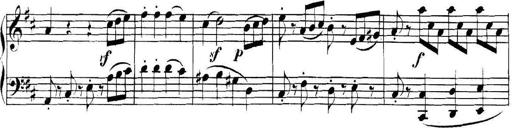
Title: Collected Piano Sonatas
Composer: Muzio Clementi